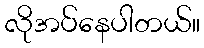
လိုအပ်နေပါတယ်။